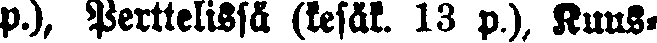
p.), Perttelissä (kesäk. 13 p,), Kuus-